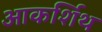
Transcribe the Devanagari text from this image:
आकर्शिथ